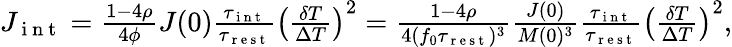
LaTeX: \begin{array}{r}{J_{\mathrm{~i~n~t~}}=\frac{1-4\rho}{4\phi}J(0)\frac{\tau_{\mathrm{~i~n~t~}}}{\tau_{\mathrm{~r~e~s~t~}}}\left(\frac{\delta T}{\Delta T}\right)^{2}=\frac{1-4\rho}{4(f_{0}\tau_{\mathrm{~r~e~s~t~}})^{3}}\frac{J(0)}{M(0)^{3}}\frac{\tau_{\mathrm{~i~n~t~}}}{\tau_{\mathrm{~r~e~s~t~}}}\left(\frac{\delta T}{\Delta T}\right)^{2},}\end{array}